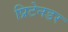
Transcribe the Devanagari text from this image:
प्रिटेनडर